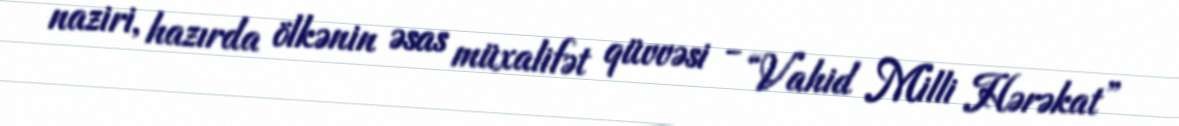
naziri, hazırda ölkənin əsas müxalifət qüvvəsi - “Vahid Milli Hərəkat”